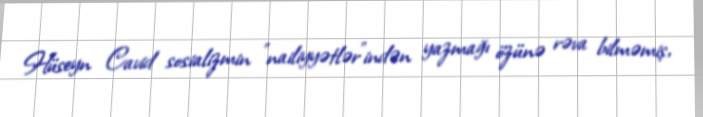
Hüseyn Cavid sosializmin "nailiyyətlər"indən yazmağı özünə rəva bilməmiş,